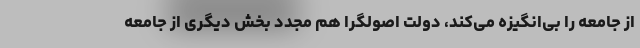
از جامعه را بی‌انگیزه می‌کند، دولت اصولگرا هم مجدد بخش دیگری از جامعه